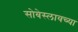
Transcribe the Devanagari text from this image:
सोबेस्लावच्या